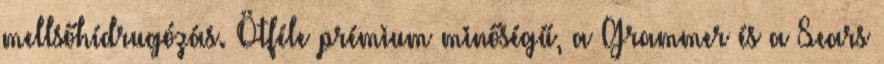
mellsőhídrugózás. Ötféle prémium minőségű, a Grammer és a Sears